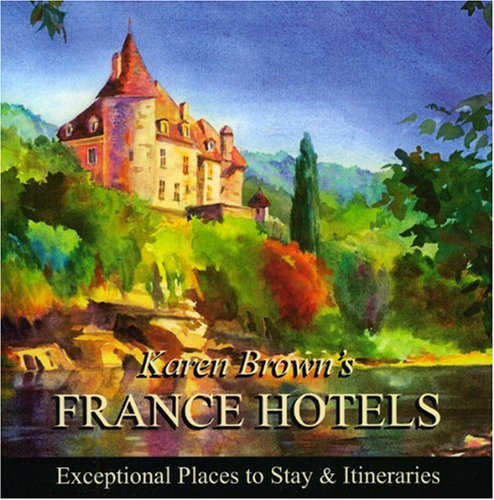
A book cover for Karen Brown's France Hotels 2010: Exceptional Places to Stay & Itineraries (Karen Brown's France Hotels: Exceptional Places to Stay & Itineraries); Karen Brown; Travel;